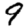
Digit: 9